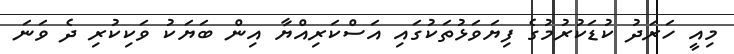
މިއީ ހަރަދު ކުޑަކުރުމުގެ ފިޔަވަޅުތަކުގައި އަސްކަރިއްޔާ އިން ބަޔަކު ވަކިކުރި ދެ ވަނަ